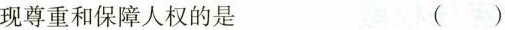
现尊重和保障人权的是 ( )